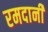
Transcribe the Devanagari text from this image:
रमदानी